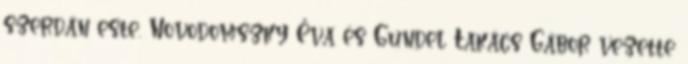
szerdán este. Novodomszky Éva és Gundel Takács Gábor vezette